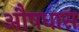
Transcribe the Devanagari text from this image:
औषधास